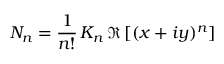
N _ { n } = \frac { 1 } { n ! } \, K _ { n } \, \Re \left[ ( x + i y ) ^ { n } \right]